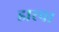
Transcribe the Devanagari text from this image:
डारपा